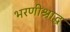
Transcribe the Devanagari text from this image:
भरणीश्राद्ध